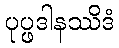
ပုပ္ဖဒါနဿိဒံ